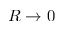
R \to 0